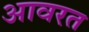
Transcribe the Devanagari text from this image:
आवरत